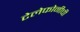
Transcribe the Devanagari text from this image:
टेलेफोनीची